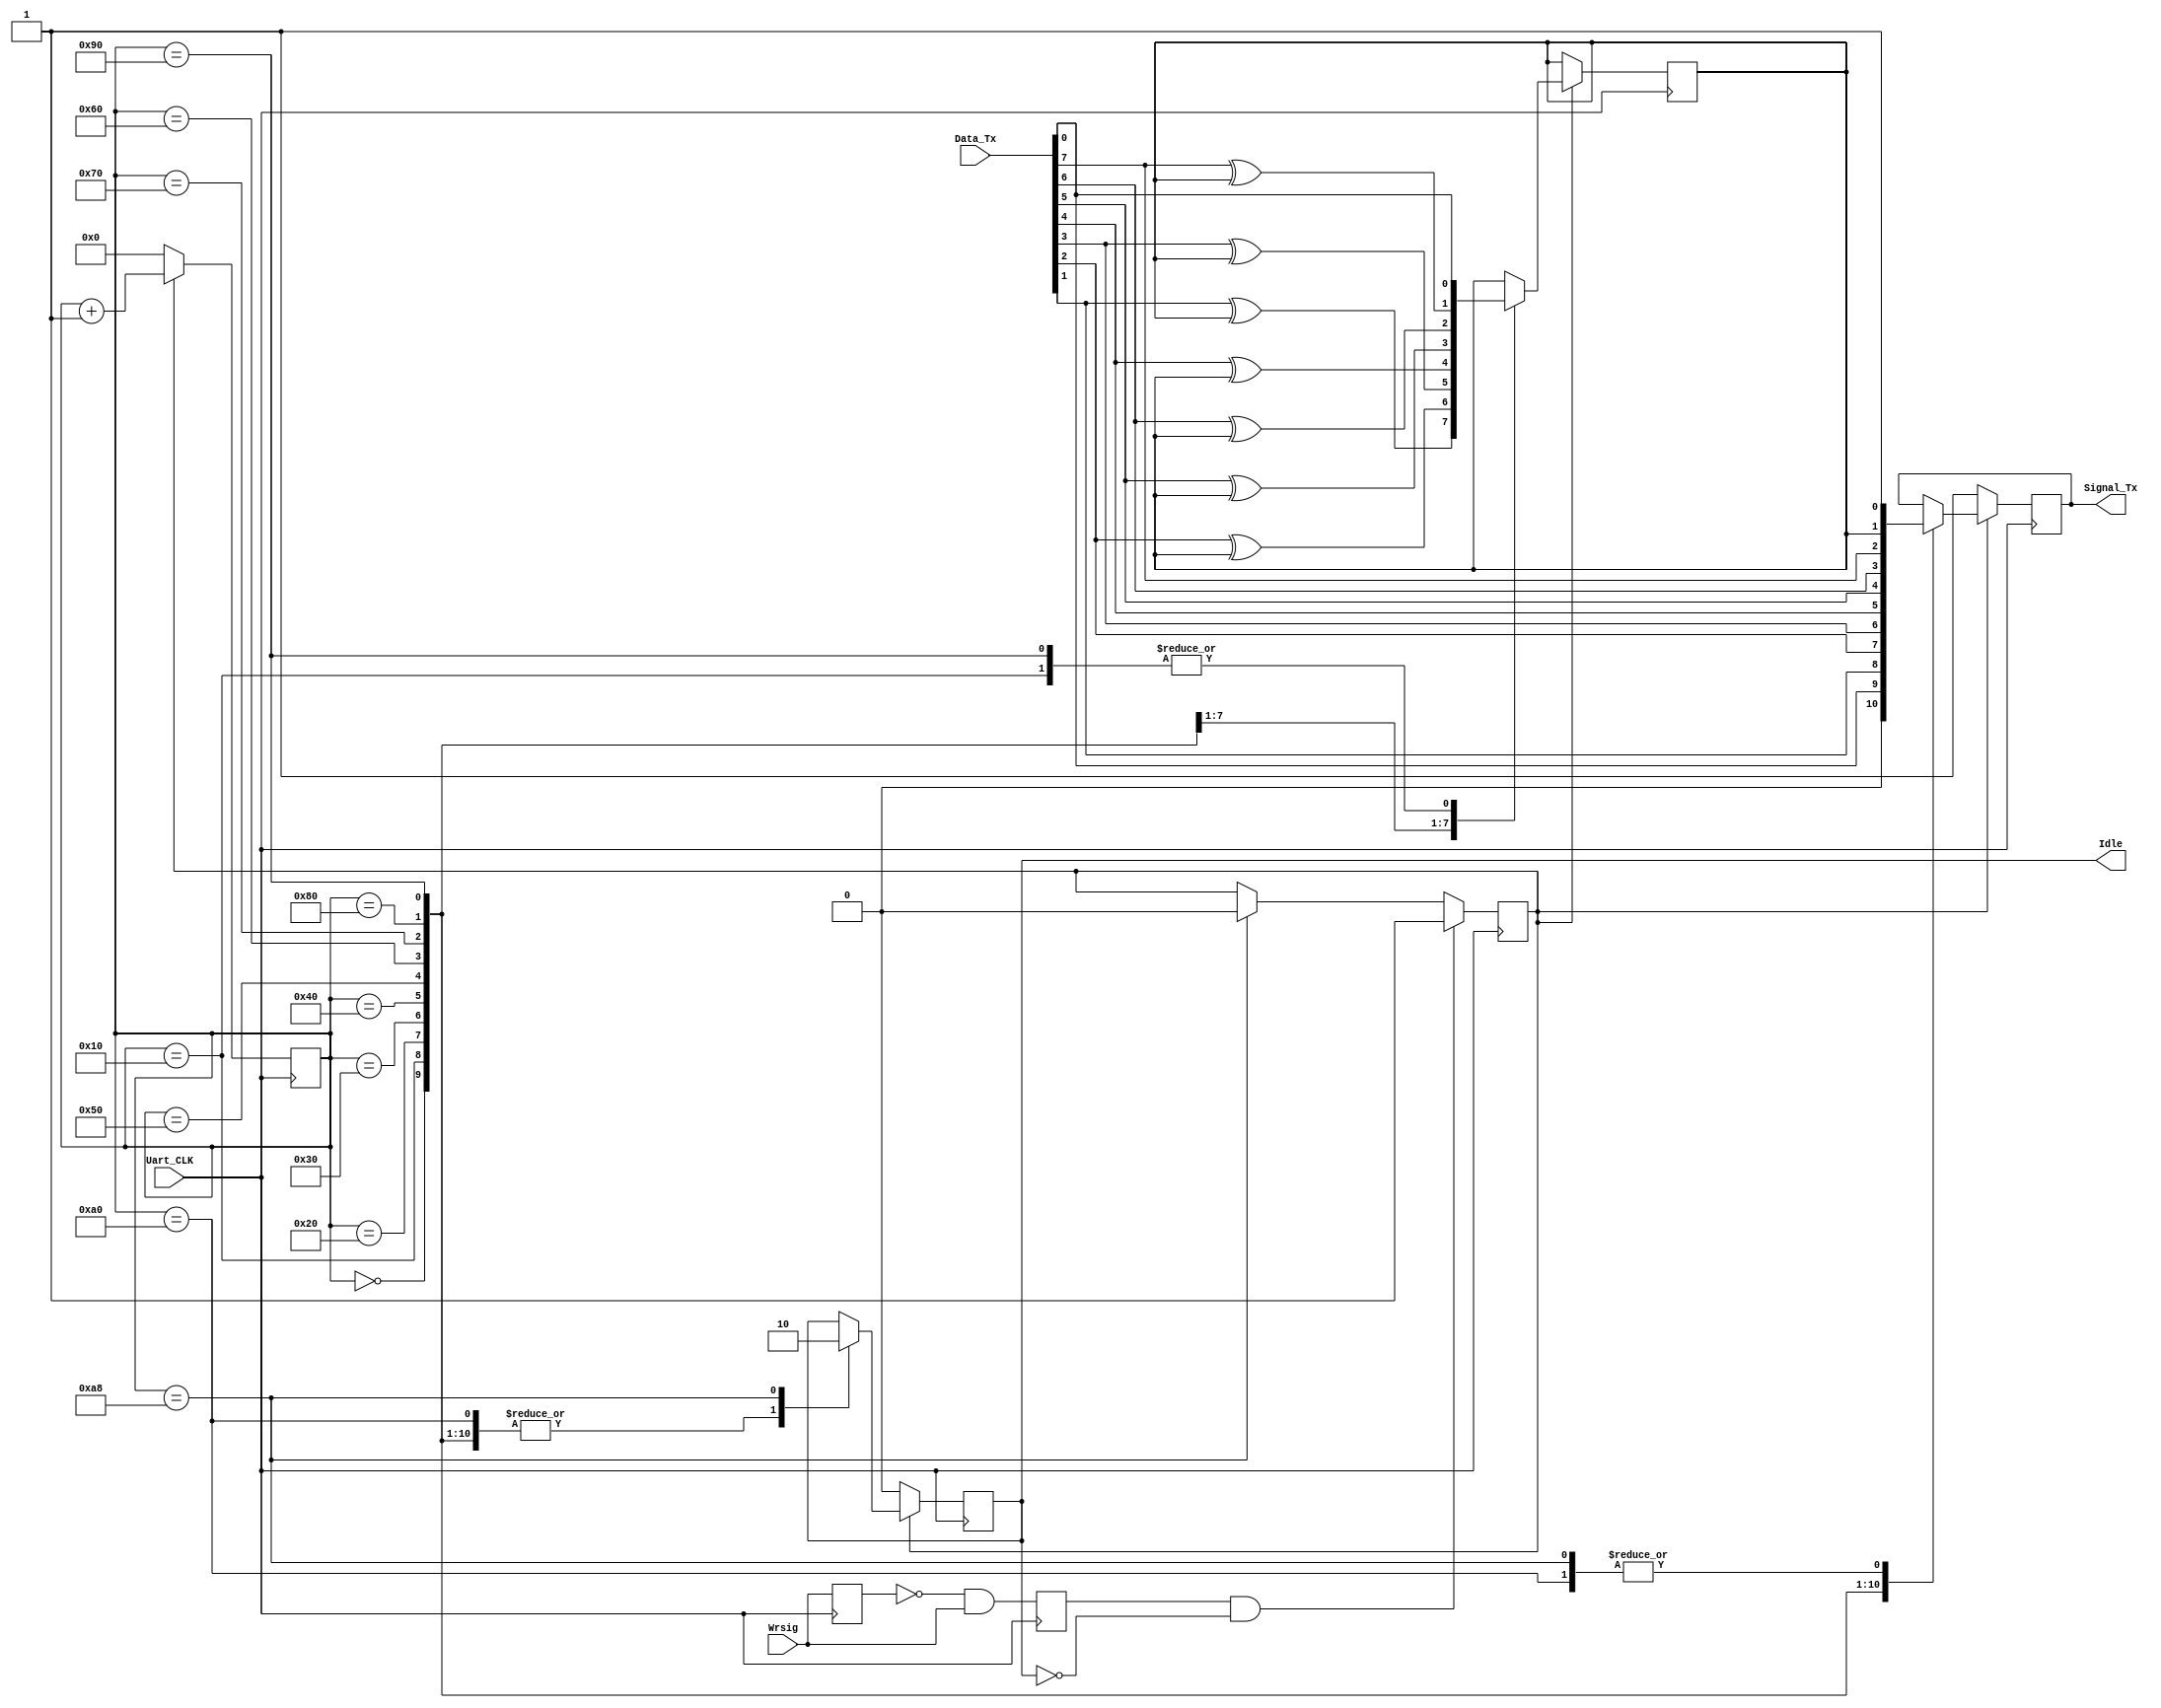
module Uart_Tx(Uart_CLK,Data_Tx,Wrsig,Idle,Signal_Tx);

input Uart_CLK;
input [7:0]Data_Tx;
input Wrsig;
output Idle;
output Signal_Tx;

reg Idle;
reg Signal_Tx;
reg Send;
reg WrsigBuf;
reg WrsigRise;
reg Presult;
reg	[7:0]Tx_Cnt;

parameter paritymode = 1'b0;

always@(posedge Uart_CLK)
begin
   WrsigBuf <= Wrsig;
   WrsigRise <= (~WrsigBuf) & Wrsig;
end

always@(posedge Uart_CLK)
begin
	if(WrsigRise && (~Idle))  //
		Send <= 1'b1;
	else if(Tx_Cnt == 8'd168)      //
		Send <= 1'b0;
end

always@(posedge Uart_CLK)
begin
	if(Send == 1'b1)  
	begin
		case(Tx_Cnt)                 //
			8'd0: 
			begin
				Signal_Tx <= 1'b0;
				Idle <= 1'b1;
				Tx_Cnt <= Tx_Cnt + 8'd1;
			end
			8'd16: 
			begin
				Signal_Tx <= Data_Tx[0];    //0
				Presult <= Data_Tx[0]^paritymode;
				Idle <= 1'b1;
				Tx_Cnt <= Tx_Cnt + 8'd1;
			end
			8'd32: 
			begin
				Signal_Tx <= Data_Tx[1];    //1
				Presult <= Data_Tx[1]^Presult;
				Idle <= 1'b1;
				Tx_Cnt <= Tx_Cnt + 8'd1;
			end
			8'd48: 
			begin
				Signal_Tx <= Data_Tx[2];    //2
				Presult <= Data_Tx[2]^Presult;
				Idle <= 1'b1;
				Tx_Cnt <= Tx_Cnt + 8'd1;
			end
			8'd64: 
			begin
				Signal_Tx <= Data_Tx[3];    //3
				Presult <= Data_Tx[3]^Presult;
				Idle <= 1'b1;
				Tx_Cnt <= Tx_Cnt + 8'd1;
			end
			8'd80: 
			begin 
				Signal_Tx <= Data_Tx[4];    //4
				Presult <= Data_Tx[4]^Presult;
				Idle <= 1'b1;
				Tx_Cnt <= Tx_Cnt + 8'd1;
			end
			8'd96: 
			begin
				Signal_Tx <= Data_Tx[5];    //5
				Presult <= Data_Tx[5]^Presult;
				Idle <= 1'b1;
				Tx_Cnt <= Tx_Cnt + 8'd1;
			end
			8'd112: 
			begin
				Signal_Tx <= Data_Tx[6];    //6
				Presult <= Data_Tx[6]^Presult;
				Idle <= 1'b1;
				Tx_Cnt <= Tx_Cnt + 8'd1;
			end
			8'd128: 
			begin 
				Signal_Tx <= Data_Tx[7];    //7
				Presult <= Data_Tx[7]^Presult;
				Idle <= 1'b1;
				Tx_Cnt <= Tx_Cnt + 8'd1;
			end
			8'd144: 
			begin
				Signal_Tx <= Presult;      //
				Presult <= Data_Tx[0]^paritymode;
				Idle <= 1'b1;
				Tx_Cnt <= Tx_Cnt + 8'd1;
			end
			8'd160: 
			begin
				Signal_Tx <= 1'b1;         //             
				Idle <= 1'b1;
				Tx_Cnt <= Tx_Cnt + 8'd1;
			end
			8'd168: 
			begin
				Signal_Tx <= 1'b1;             
				Idle <= 1'b0;       //
				Tx_Cnt <= Tx_Cnt + 8'd1;
			end
			default: 
				Tx_Cnt <= Tx_Cnt + 8'd1;
		endcase
	end
	else
	begin
		Signal_Tx <= 1'b1;
		Tx_Cnt <= 8'd0;
		Idle <= 1'b0;
	end
end

endmodule